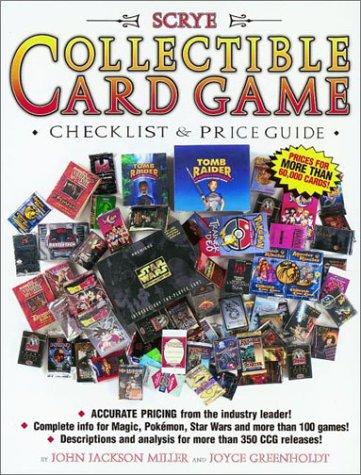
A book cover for Scrye Collectible Card Game Checklist and Price Guide; John Jackson Miller; Science Fiction & Fantasy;